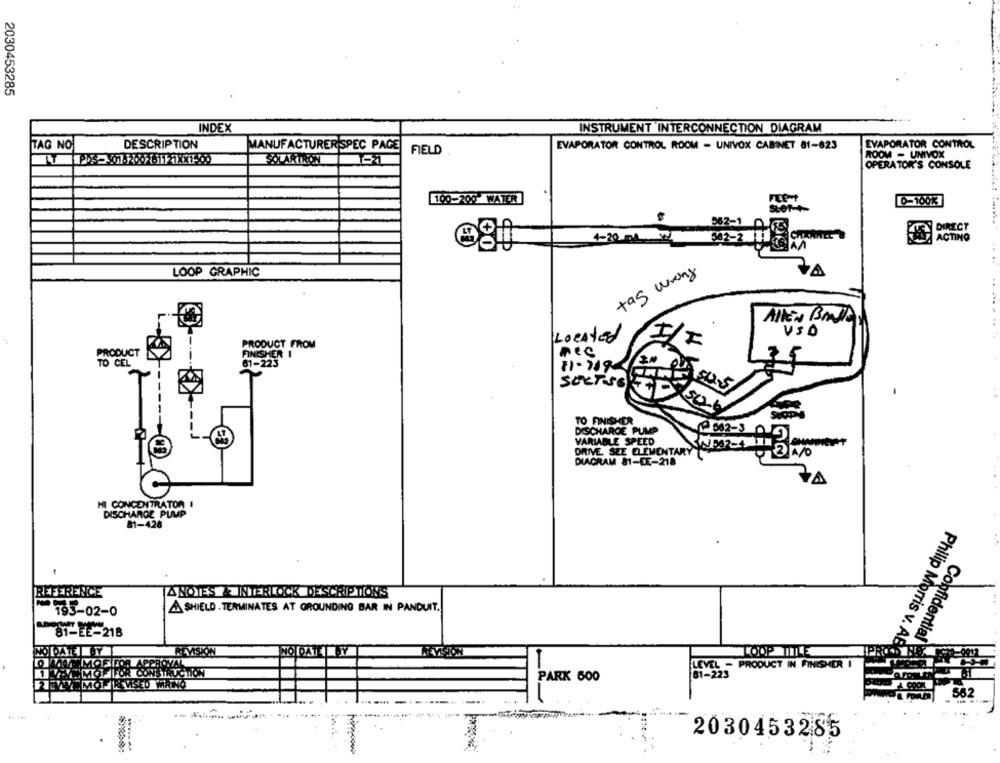
2030453285
INDEX
INSTRUMENT INTERCONNECTION DIAGRAM
TAG NO
DESCRIPTION
MANUFACTURER SPEC PAGE
EVAPORATOR CONTROL ROOM - UNIVOX CABINET 81-823
EVAPORATOR CONTROL
FIELD
ROOM - UMIVOX
OPERATOR'S CONSOLE
100-200 WATER
FURT
0-10013
562-1
DIRECT
4-20 mw
562-2 1
ACTING
LOOP GRAPHIC
tag wrong
ALTEN BAJA
LOCAted
USD
PRODUCT FROM
PRODUCT
FINISHER I
nec
TO CEL
81-223
SORTSE
54.5
TO FINISHER
DISCHARGE PUMP
VARIABLE SPEED
DRIVE, SEE ELEMENTARY
DIAGRAM 81-EE-218
HI CONCENTRATOR I
DISCHARGE PUMP
81-426
REFERENCE
ANOTES & INTERLOCK DESCRIPTIONS
& SHIELD . TERMINATES AT GROUNDING BAR IN PANDUIT.
195-02-0
81-EE-218
Philip Morris v. ABC
Confidential
REVISION
MO DAT Y
LOOP TITLE
MOS FOR APP
LEVEL - PRODUCT IN FINISHER I
MOF FOR CONSTRUCTION
61-223
MOFIR VISED WRING
-..
562
2030453285